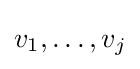
v_{1},\dotsc ,v_{j}